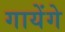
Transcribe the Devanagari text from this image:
गायेंगे